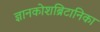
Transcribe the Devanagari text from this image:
ज्ञानकोशब्रिटानिका